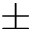
\pm